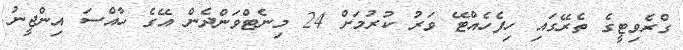
ގްރެވިޓީގެ ތެރޭގައި ހިފެހެއްޓޭ ވަރު ކުރުމަށް 24 މިނެޓްވަންދެން އޭގެ ހާއްސަ އިންޖީނު